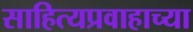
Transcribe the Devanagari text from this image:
साहित्यप्रवाहाच्या